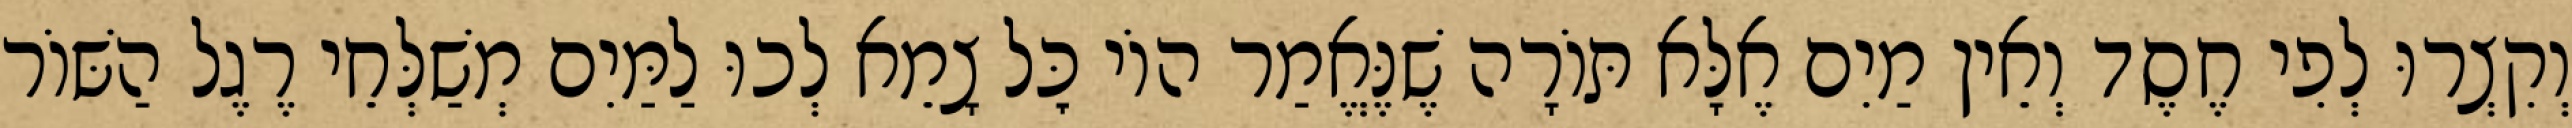
וְקִצְרוּ לְפִי חֶסֶד וְאֵין מַיִם אֶלָּא תּוֹרָה שֶׁנֶּאֱמַר הוֹי כׇּל צָמֵא לְכוּ לַמַּיִם מְשַׁלְּחֵי רֶגֶל הַשּׁוֹר